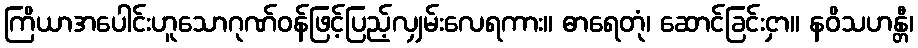
ကြိယာအပေါင်းဟူသောဂုဏ်ဝန်ဖြင့်ပြည့်လျှမ်းလေရကား။ ဓာရေတုံ၊ ဆောင်ခြင်းငှာ။ နဝိသဟန္တီ၊